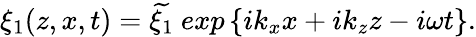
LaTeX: \xi_{1}(z,x,t)=\widetilde{\xi_{1}}\ exp\left\{ ik_{x}x+ik_{z}z-i\omega t\right\} .